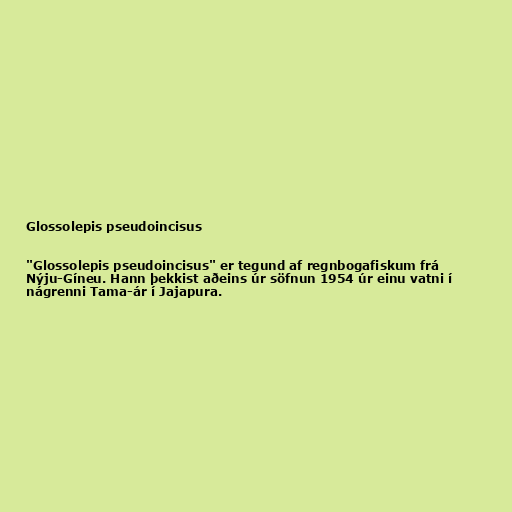
Glossolepis pseudoincisus

"Glossolepis pseudoincisus" er tegund af regnbogafiskum frá
Nýju-Gíneu. Hann þekkist aðeins úr söfnun 1954 úr einu vatni í
nágrenni Tama-ár í Jajapura.